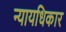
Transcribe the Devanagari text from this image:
न्यायधिकार